Vana-Vandra_vallavalitsus, lk 15
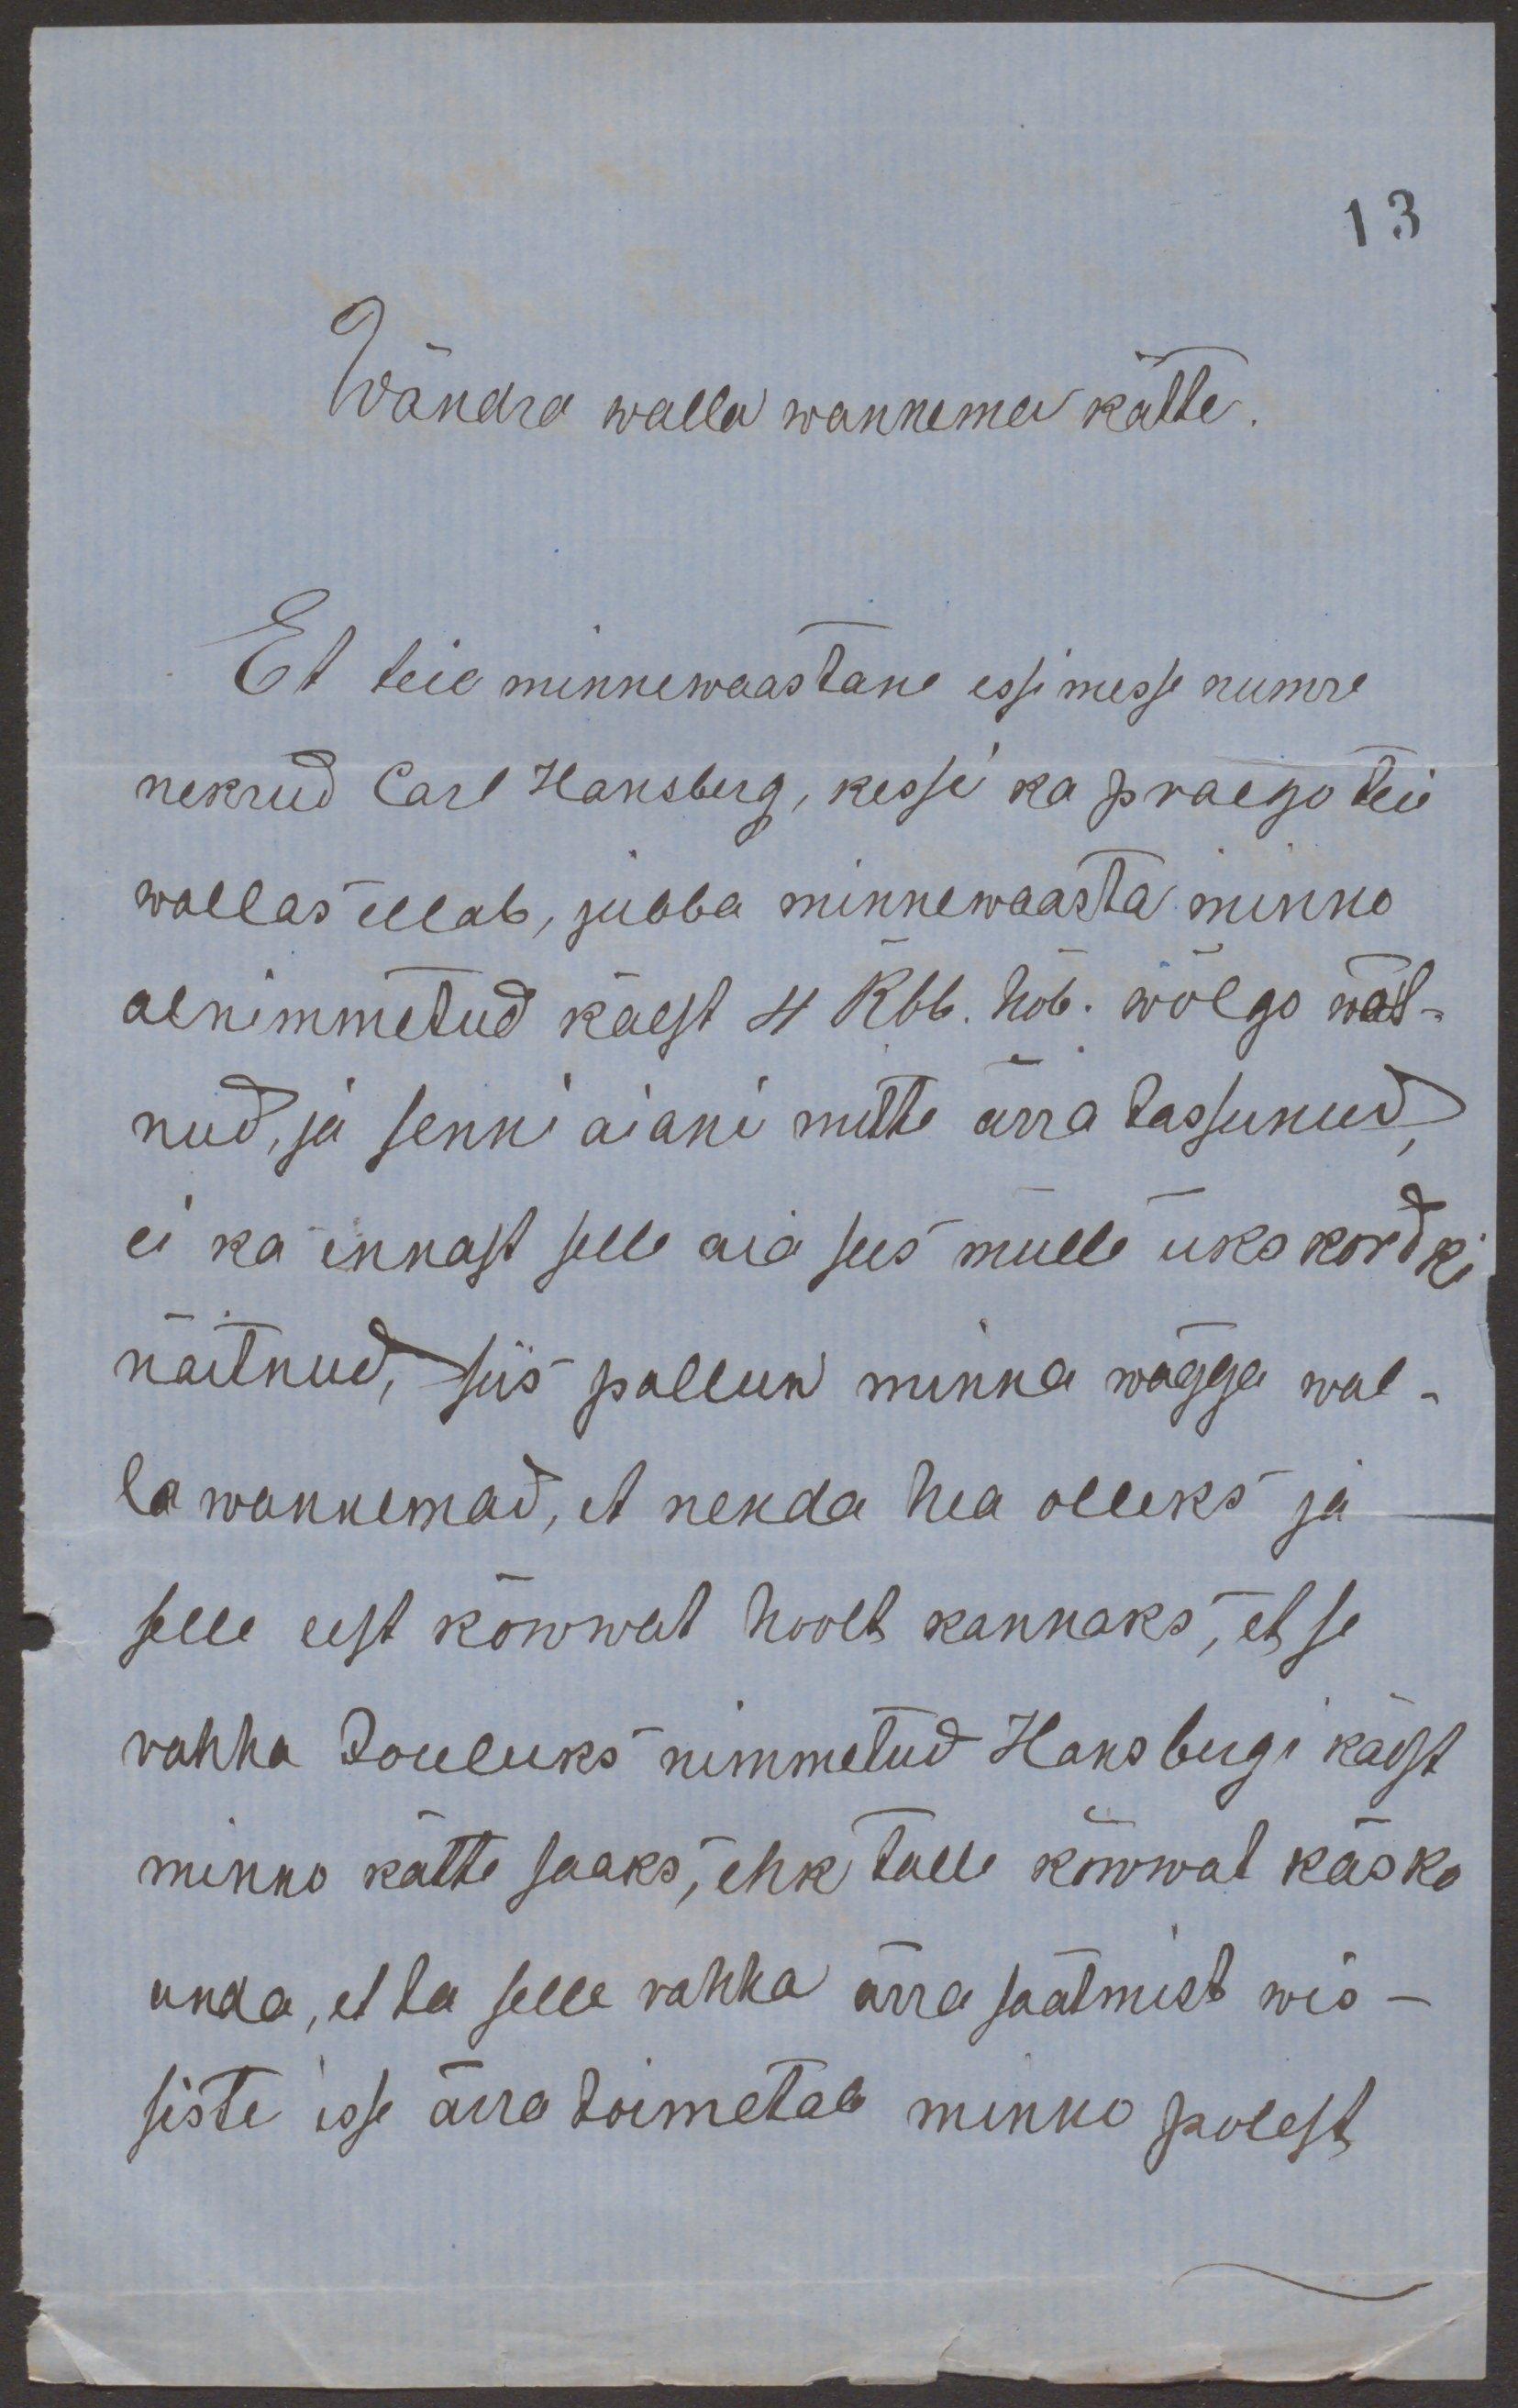
Wändra walla wannema kätte.
Et teie minnewaastane essimesse numre
nekrud Carl Hansberg, kesse ka praego teie
wallas ellab, jubba minnewaasta minno
aenimmetud käest 4 rub. hõb. wõlgo wõt-
nud, ja senni aiani mitte ärra tassunud,
ei ka ennast selle aia sees mulle üks kordki
näitnud, siis pallun minna wägga wal-
la wannemad, et nenda hea olleks ja
selle eest kõwwat hoolt kannaks, et se
rahha Jõuluks nimmetud Hansburgi kaest
minno kätte saaks, ehk talle kõwwat käsko
anda, et ta selle rahha ärra saatmist wis-
siste isse ärra toimetab minno polest